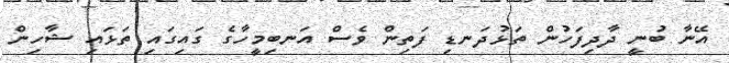
އޭނާ ބުނީ ދާދިފަހުން ތަޅުދަނޑި ފަތިން ވެސް އަނބިމީހާގެ ގައިގައި ތަޅައި ޝާހިން